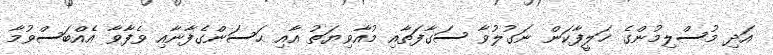
އަދި މުސްލިމުންގެ ޚަލީފާކަން ނަގުލުވާ ސަގާފަތާއި މުއާވިޔަތު އާއި ޙަސަންގެފާނާއި ވެފާވާ އެއްބަސްވުމާ